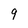
Character: 9